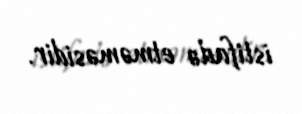
istifadə etməməsidir.